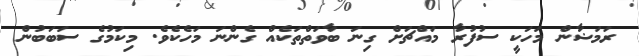
ރަމަޟާން މަހަކީ ސުފުރާ މައްޗަށް ގިނަ ބާވަތްތަކެއް ގެންނަ މަހެކެވެ. މިކަމުގެ ސަބަބުން